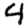
Digit: 4